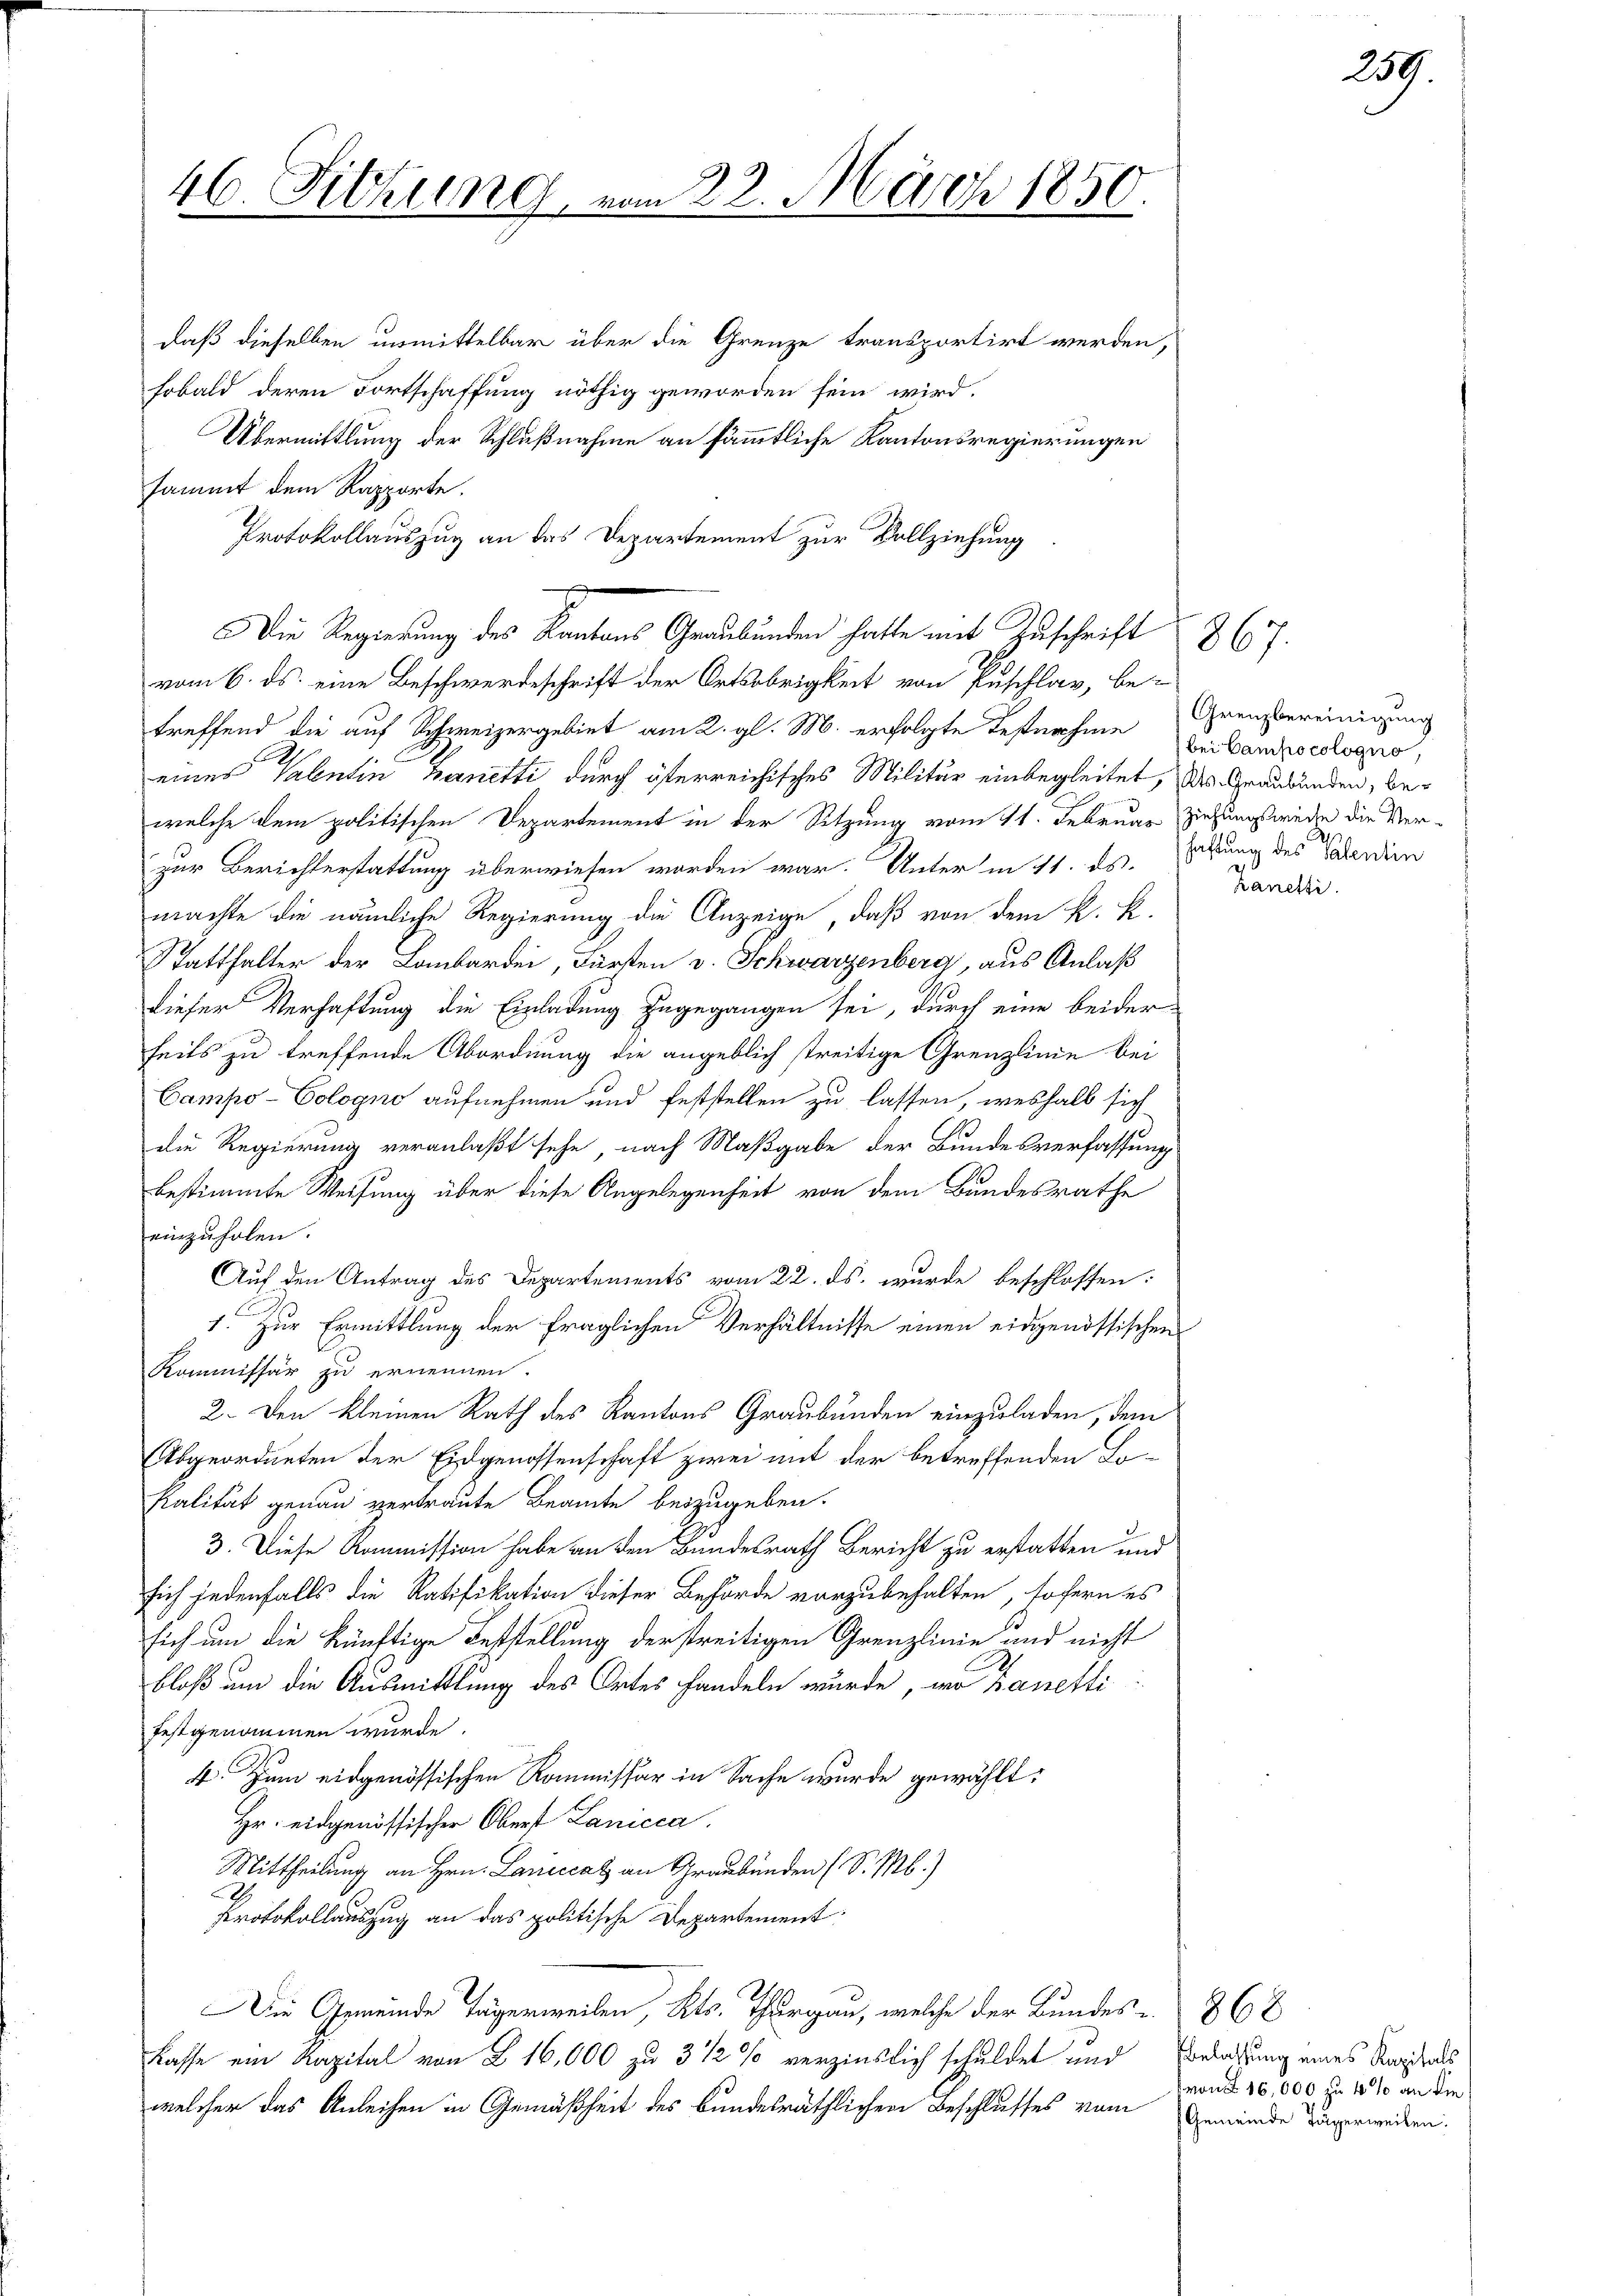
46. Sitzung, in

daß dieselben unmittelbar über die Grenze transportirt werden,
sobald deren Fortschaffung nöthig geworden sein wird.
Übermittlung der Schlußnahme an sämmtliche Kantonsregierungen
sammt dem Rapporte.
Protokollauszug an das Departement zur Vollziehung
s
vom 6. ds. eine Beschwerdeschrift der Ortsobrigkeit von Puschlag, betreffend die auf Schweizergebiet am 2. gl. M. erfolgte Festnahme
eines Valentin Banetti durch österreichisches Militär einbegleitet, das Graubünden, bewelche dem politischen Departement in der Sitzung vom 11. Februar ziehungswege die Verzur Berichterstattung überwiesen worden war. Unter in 11. ds.
machte die nämliche Regierung die Anzeige, daß von dem K. K.
Statthalter der Lombarden, Fürsten v. Schwarzenberg, aus Anlaß
dieser Verhaftung die Einladung zugegangen sei, durch eine beider
heits zu treffende Abordnung die angeblich streitige Grenzlinie bei
Campo-Cologno aufnehmen und feststellen zu lassen, weshalb sich
die Regierung veranlaßt sehe, nach Maßgabe der Bundesverfassung
bestimmte Weisung über diese Angelegenheit von dem Bundesrathe
einzuholen.
Auf den Antrag des Departements vom 22. ds. wurde beschlossen:
1. Zur Ermittlung der fraglichen Verhältnisse einen eidgenössischen
Kommissär zu ernennen.
2. Den kleinen Rath des Kantons Graubünden einzuladen, dem
Abgeordneten der Eidgenossenschaft zwei mit der betreffenden Lokalität genau vertraute Beamte beizugeben.
3. Diese Kommission habe an den Bundesrath Bericht zu erstatten und
sich jedenfalls die Ratifikation dieser Behörde vorzubehalten, sofern es
sich um die künftige Feststellung der streitigen Grenzlinie und nicht
bloß um die Ausmittlung des Ortes handeln wurde, wo Banetti
festgenommen wurde.
4. Zum eidgenössischen Kommissär in Sache wurde gewählt:
Hr. eidgenössischer Obert Lanicca.
Mittheilung an Hrn. Laniccal an Graubünden (S. M.)
Protokollauszug an das politische Departement:
Die Gemeinde Tägerweilen, Kts. Thurgau, welche der Bundes e
Kasse ein Kapital von § 16,000 zu 3 1/2% verzinslich schuldet und
welcher das Anleihen in Gemäßheit des Bundesräthlichen Beschlusses vom

Die Regierung des Kantons Graubünden hatte mit Zuschrift 867.

22. März 1850.

Grenzbereinigung
bei Campocologno,
.
haftung des Valentin
Kanetti.

59.

868
Belassung eines Kapitals
wi 16,000 zu 4 % an die
Gemeinde Tägerweilen: